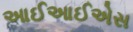
આઈઆઈએસ